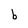
Character: b